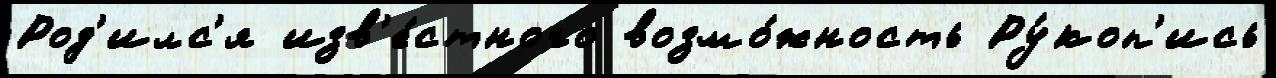
Род'илс'я изв'е́стного возмо́жность Ру́коп'ись